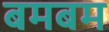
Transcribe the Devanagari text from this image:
बमबम